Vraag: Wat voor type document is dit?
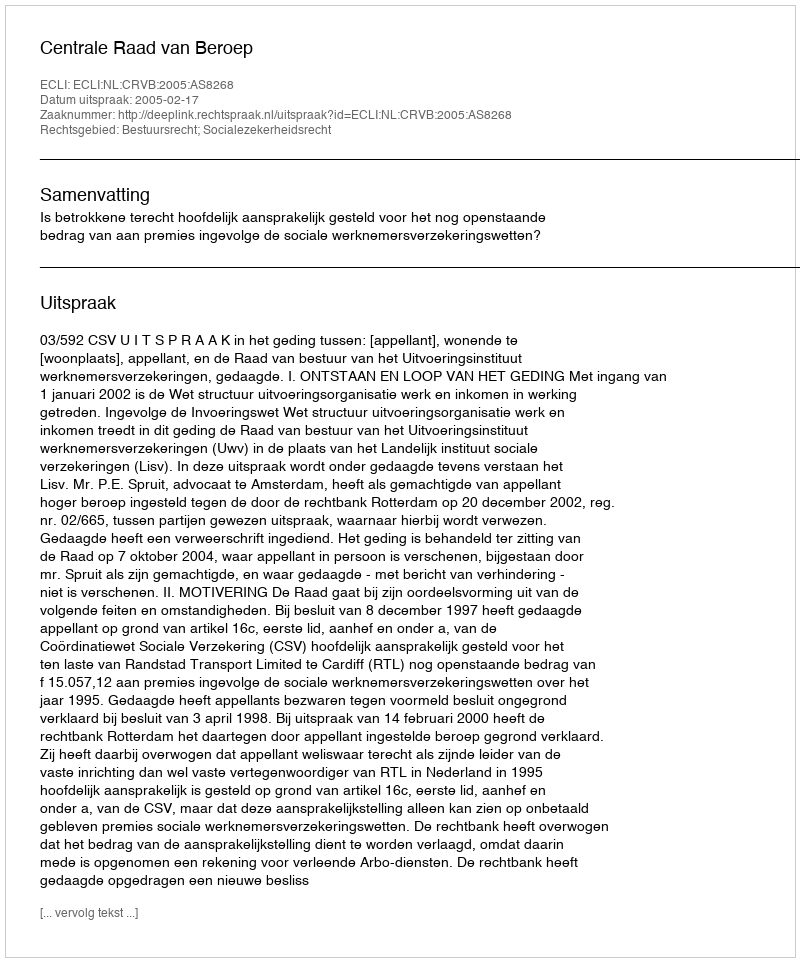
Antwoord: Uitspraak